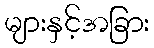
များနှင့်အခြား